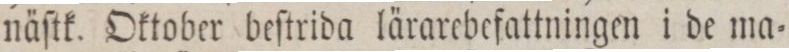
näſtk. Oktober beſtrida lärarebefattningen i de ma=